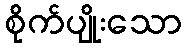
စိုက်ပျိုးသော